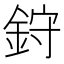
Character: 𫒙